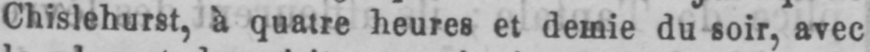
Chislehurst, à quatre heures et demie du soir, avec